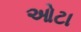
ઓટા